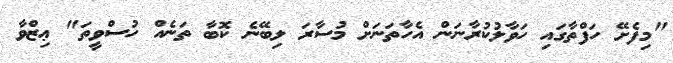
"މިފެށޭ ހަފްތާގައި ހަވާލުކުރާނަން އެހާތަނަށް މުސާރަ ލިބޭނެ ކޮބާ ތަނެއް ހުސްވީތަ" ޢިޒްވާ